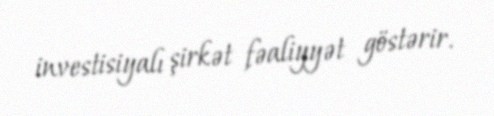
investisiyalı şirkət fəaliyyət göstərir.